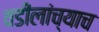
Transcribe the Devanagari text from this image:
वडीलांच्याच